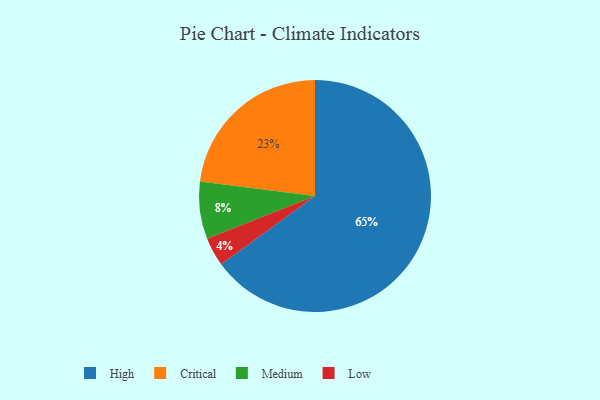
{"axis": {"x": "Category", "y": "Percentage"}, "legend": ["Critical", "High", "Low", "Medium"], "data": [{"x": "Low", "y": 4, "type": "Low"}, {"x": "Medium", "y": 8, "type": "Medium"}, {"x": "High", "y": 65, "type": "High"}, {"x": "Critical", "y": 23, "type": "Critical"}]}